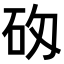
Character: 𥐷